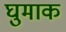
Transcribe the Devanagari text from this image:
घुमाक